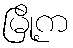
မြို့က